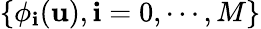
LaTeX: \{ \phi_{\mathbf{i}}(\mathbf{{u}}),\mathbf{i}=0,\cdots,M\}